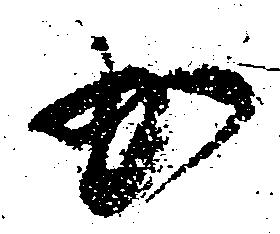
か